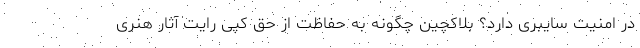
در امنیت سایبری دارد؟ بلاکچین چگونه به حفاظت از حق کپی رایت آثار هنری